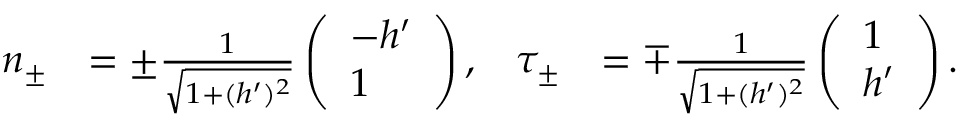
\begin{array} { r l r l } { n _ { \pm } } & { = \pm \frac { 1 } { \sqrt { 1 + ( h ^ { \prime } ) ^ { 2 } } } \left( \begin{array} { l } { - h ^ { \prime } } \\ { 1 } \end{array} \right) , } & { \tau _ { \pm } } & { = \mp \frac { 1 } { \sqrt { 1 + ( h ^ { \prime } ) ^ { 2 } } } \left( \begin{array} { l } { 1 } \\ { h ^ { \prime } } \end{array} \right) . } \end{array}